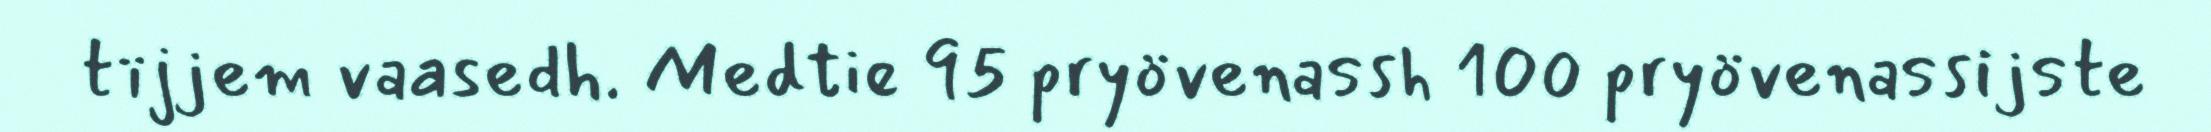
tïjjem vaasedh. Medtie 95 pryövenassh 100 pryövenassijste